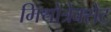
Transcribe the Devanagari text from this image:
मिथोत्रेक्सेट